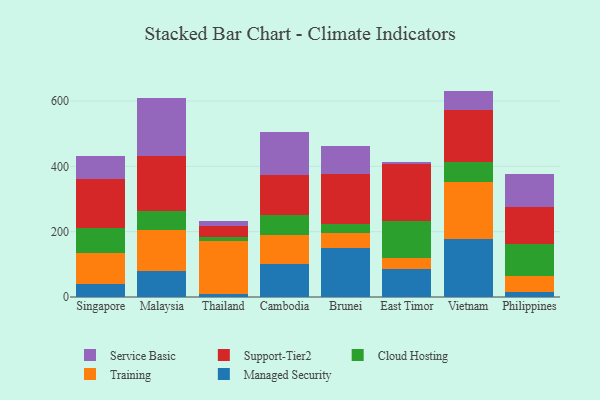
{"axis": {"x": "Country", "y": "Website Visitors"}, "legend": ["Cloud Hosting", "Managed Security", "Service Basic", "Support-Tier2", "Training"], "data": [{"x": "Singapore", "y": 38.6, "type": "Managed Security"}, {"x": "Singapore", "y": 97.2, "type": "Training"}, {"x": "Singapore", "y": 74.6, "type": "Cloud Hosting"}, {"x": "Singapore", "y": 151.1, "type": "Support-Tier2"}, {"x": "Singapore", "y": 71.6, "type": "Service Basic"}, {"x": "Malaysia", "y": 79.8, "type": "Managed Security"}, {"x": "Malaysia", "y": 125.5, "type": "Training"}, {"x": "Malaysia", "y": 57.5, "type": "Cloud Hosting"}, {"x": "Malaysia", "y": 168.9, "type": "Support-Tier2"}, {"x": "Malaysia", "y": 176.3, "type": "Service Basic"}, {"x": "Thailand", "y": 7.7, "type": "Managed Security"}, {"x": "Thailand", "y": 164.1, "type": "Training"}, {"x": "Thailand", "y": 12.9, "type": "Cloud Hosting"}, {"x": "Thailand", "y": 33.6, "type": "Support-Tier2"}, {"x": "Thailand", "y": 13.4, "type": "Service Basic"}, {"x": "Cambodia", "y": 101.1, "type": "Managed Security"}, {"x": "Cambodia", "y": 87.2, "type": "Training"}, {"x": "Cambodia", "y": 63.8, "type": "Cloud Hosting"}, {"x": "Cambodia", "y": 122.3, "type": "Support-Tier2"}, {"x": "Cambodia", "y": 129.9, "type": "Service Basic"}, {"x": "Brunei", "y": 149.5, "type": "Managed Security"}, {"x": "Brunei", "y": 46.2, "type": "Training"}, {"x": "Brunei", "y": 28.1, "type": "Cloud Hosting"}, {"x": "Brunei", "y": 151.7, "type": "Support-Tier2"}, {"x": "Brunei", "y": 87.6, "type": "Service Basic"}, {"x": "East Timor", "y": 86.0, "type": "Managed Security"}, {"x": "East Timor", "y": 32.3, "type": "Training"}, {"x": "East Timor", "y": 114.6, "type": "Cloud Hosting"}, {"x": "East Timor", "y": 174.6, "type": "Support-Tier2"}, {"x": "East Timor", "y": 5.9, "type": "Service Basic"}, {"x": "Vietnam", "y": 177.7, "type": "Managed Security"}, {"x": "Vietnam", "y": 175.2, "type": "Training"}, {"x": "Vietnam", "y": 60.0, "type": "Cloud Hosting"}, {"x": "Vietnam", "y": 158.1, "type": "Support-Tier2"}, {"x": "Vietnam", "y": 60.0, "type": "Service Basic"}, {"x": "Philippines", "y": 14.4, "type": "Managed Security"}, {"x": "Philippines", "y": 51.2, "type": "Training"}, {"x": "Philippines", "y": 95.3, "type": "Cloud Hosting"}, {"x": "Philippines", "y": 114.5, "type": "Support-Tier2"}, {"x": "Philippines", "y": 101.9, "type": "Service Basic"}]}